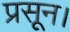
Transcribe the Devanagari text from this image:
प्रसून।